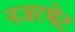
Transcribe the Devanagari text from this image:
नजरभेट